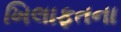
ખિલાફતના